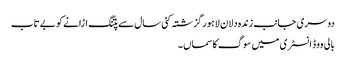
دوسری جانب زندہ دلان لاہور گزشتہ کئی سال سے پتنگ اڑانے کو بے تاب
بالی ووڈ انسٹری میں سوگ کا سماں ۔